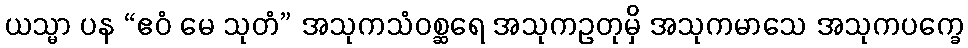
ယသ္မာ ပန “ဧဝံ မေ သုတံ” အသုကသံဝစ္ဆရေ အသုကဥတုမှိ အသုကမာသေ အသုကပက္ခေ